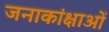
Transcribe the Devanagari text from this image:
जनाकांक्षाओं